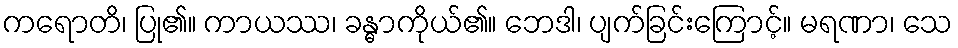
ကရောတိ၊ ပြု၏။ ကာယဿ၊ ခန္ဓာကိုယ်၏။ ဘေဒါ၊ ပျက်ခြင်းကြောင့်။ မရဏာ၊ သေ